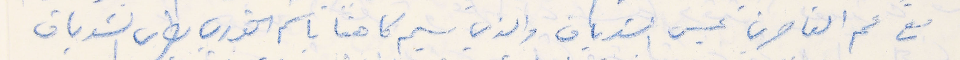
مع عم القاصرين عيسى الشدياق والذي سيم كاهنا باسم الخوري بطرس الشدياق